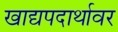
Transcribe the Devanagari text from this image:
खाद्यपदार्थावर